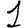
Digit: 1